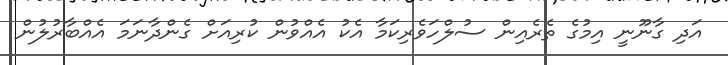
އަދި ގާނޫނީ އިމުގެ ތެރެއިން ސުލްހަވެރިކަމާ އެކު އެއްވުން ކުރިއަށް ގެންދާނަމަ އެއްބާރުލުން